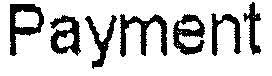
PAYMENT